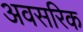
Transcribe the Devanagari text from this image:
अवसरिक